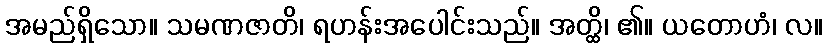
အမည်ရှိသော။ သမဏဇာတိ၊ ရဟန်းအပေါင်းသည်။ အတ္ထိ၊ ၏။ ယတောဟံ၊ လ။